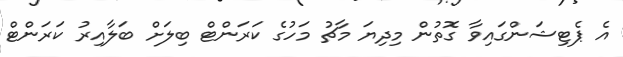
އެ ޕެޓިޝަންގައިވާ ގޮތުން މިދިޔަ މާޗު މަހުގެ ކަރަންޓް ބިލަށް ބަލާއިރު ކަރަންޓް